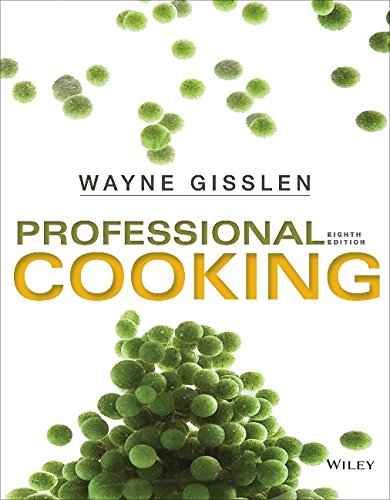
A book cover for Professional Cooking; Wayne Gisslen; Cookbooks, Food & Wine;